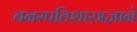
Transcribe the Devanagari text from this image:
वनस्पतिशास्त्रज्ञाने